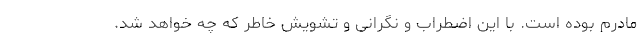
مادرم بوده است. با این اضطراب و نگرانی و تشویش خاطر که چه خواهد شد.